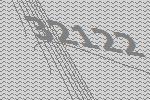
32122